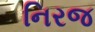
નિરજ